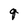
Character: q